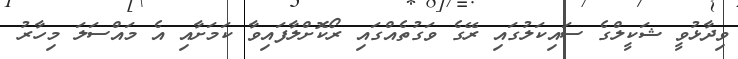
ވިދާޅުވީ ޝަކީލްގެ ސައިކަލުގައި ރޭގެ ވަގުތެއްގައި ރޯކޮށްލާފައިވާ ކަމަށާއި އެ މައްސަލަ މިހާރު